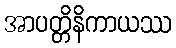
အာပတ္တိနိကာယဿ